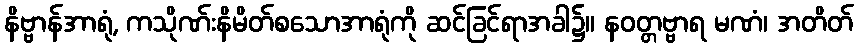
နိဗ္ဗာန်အာရုံ, ကသိုဏ်းနိမိတ်စသောအာရုံကို ဆင်ခြင်ရာအခါ၌။ နဝတ္တဗ္ဗာရ မဏံ၊ အတိတ်